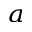
^ a